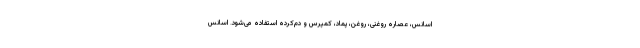
اسانس، عصاره روغنی، روغن، پماد، کمپرس و دم‌کرده استفاده می‌شود. اسانس